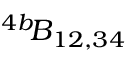
{ ^ { 4 b } \! { \cal B } _ { 1 2 , 3 4 } }